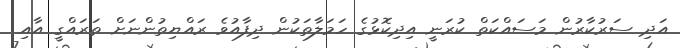
އަދި ސަރުކާރުން މަސައްކަތް ކުރަނީ އިދިކޮޅުގެ ހަމަލާތަކުން ދިފާއުވެ ރައްޔިތުންނަށް ތަރައްގީ އާއި